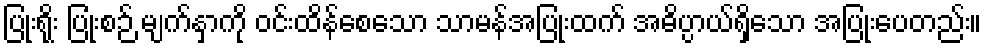
ပြုံးရိုး ပြုံးစဉ် မျက်နှာကို ဝင်းထိန်စေသော သာမန်အပြုံးထက် အဓိပ္ပာယ်ရှိသော အပြုံးပေတည်း။